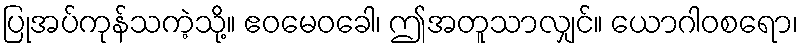
ပြုအပ်ကုန်သကဲ့သို့။ ဧဝမေဝခေါ၊ ဤအတူသာလျှင်။ ယောဂါဝစရော၊